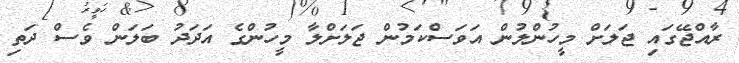
ރާއްޖޭގައި ޖަލަށް މީހުންލުން އަވަސްކަމުން ޖަލަށްލާ މީހުންގެ އަދަދު ބަލަން ވެސް ދަތި